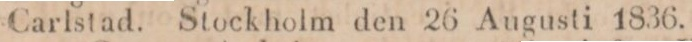
Carlstad. Stockholm den 26 Augusti 1836.